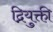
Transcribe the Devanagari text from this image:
द्नियुक्ती